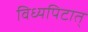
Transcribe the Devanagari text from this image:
विध्यपिटात्